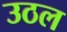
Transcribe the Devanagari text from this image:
उठल